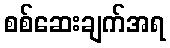
စစ်ဆေးချက်အရ